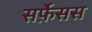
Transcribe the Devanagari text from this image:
सर्फ़ेसस